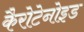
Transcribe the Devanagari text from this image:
कैरोटेनोइड